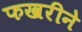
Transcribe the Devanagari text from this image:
फखरीने